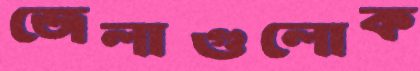
জেলাগুলোক